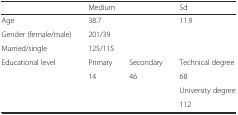
<table><thead><tr><td></td><td colspan="2"><b>Medium</b></td><td><b>Sd</b></td></tr></thead><tbody><tr><td>Age</td><td colspan="2">38.7</td><td>11.9</td></tr><tr><td>Gender (female/male)</td><td colspan="3">201/39</td></tr><tr><td>Married/single</td><td colspan="3">125/115</td></tr><tr><td rowspan="4">Educational level</td><td>Primary</td><td>Secondary</td><td>Technical degree</td></tr><tr><td rowspan="3">14</td><td rowspan="3">46</td><td>68</td></tr><tr><td>University degree</td></tr><tr><td>112</td></tr></tbody></table>